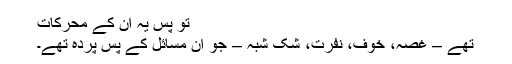
تو پس یہ ان کے محرکات
تھے – غصہ، خوف، نفرت، شک شبہ – جو ان مسائل کے پس پردہ تھے۔